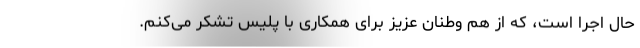
حال اجرا است، که از هم وطنان عزیز برای همکاری با پلیس تشکر می‌کنم.